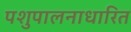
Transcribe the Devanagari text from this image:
पशुपालनाधारित